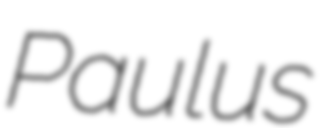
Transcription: Paulus